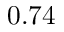
0 . 7 4